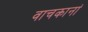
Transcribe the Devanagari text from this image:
वाचकानां